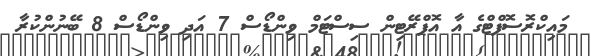
މައިކްރޮސޮފްޓްގެ އާ އޮޕްރޭޓިން ސިސްޓަމް ވިންޑޯސް 7 އަދި ވިންޑޯސް 8 ބޭނުންކުރާ